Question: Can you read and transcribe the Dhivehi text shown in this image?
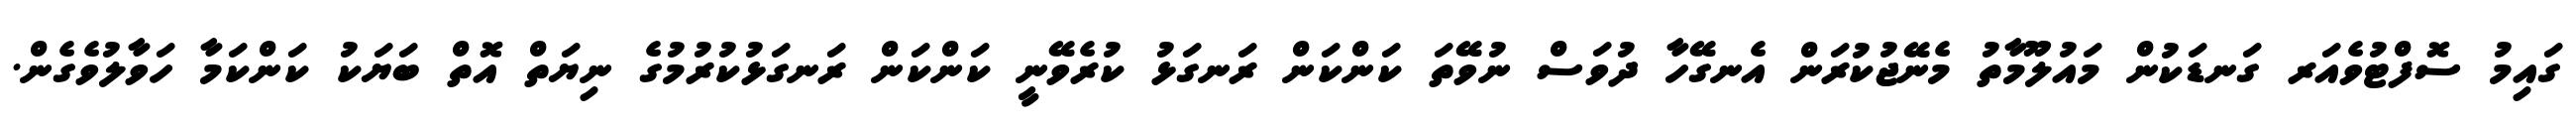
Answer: ގައިމު ސޮފްޓުވެއަރ ގަނޑަކުން މައުލޫމާތު މެނޭޖުކުރަން އެނގޭހާ ދުވަސް ނުވޭތަ ކަންކަން ރަނގަޅު ކުރެވޭނީ ކަންކަން ރަނގަޅުކުރުމުގެ ނިޔަތް އޮތް ބަޔަކު ކަންކަމާ ހަވާލުވެގެން.